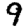
Digit: 9